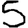
Digit: 5